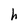
Character: h